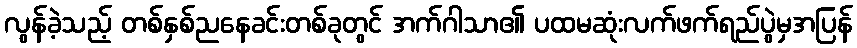
လွန်ခဲ့သည့် တစ်နှစ်ညနေခင်းတစ်ခုတွင် အက်ဂါသာ၏ ပထမဆုံးလက်ဖက်ရည်ပွဲမှအပြန်